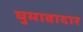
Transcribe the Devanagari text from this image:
घुमावादार